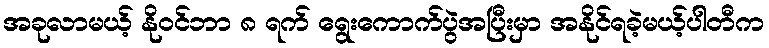
အခုလာမယ့် နိုဝင်ဘာ ၈ ရက် ရွေးကောက်ပွဲအပြီးမှာ အနိုင်ရခဲ့မယ့်ပါတီက